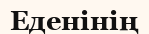
Еденінің